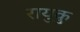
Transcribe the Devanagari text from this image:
रायुकु